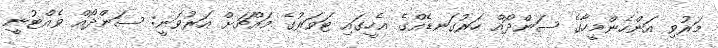
މަރުވި އަންހެންމީހާގެ ސަންދޯއް ހަރުގަނޑެއްގެ އެހީގައި ޓަވަރުގެ މައްޗަށް އަރުވަނީ: ސަންދޯއް ވެއްޓުނީ